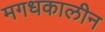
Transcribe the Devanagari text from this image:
मगधकालीन